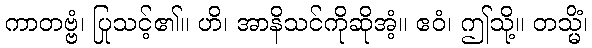
ကာတဗ္ဗံ၊ ပြုသင့်၏။ ဟိ၊ အာနိသင်ကိုဆိုအံ့။ ဧဝံ၊ ဤသို့။ တသ္မိံ၊